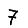
Digit: 7